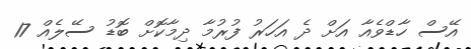
އޭސް ހާޑްވެއާ އަށް ދެ އަހަރު ފުރުމާ ދިމާކޮށް ބޮޑު ސޭލެއް 17